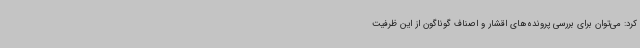
کرد: می‌توان برای بررسی پرونده‌های اقشار و اصناف گوناگون از این ظرفیت